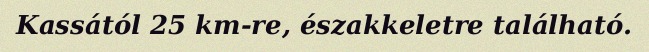
Kassától 25 km-re, északkeletre található.